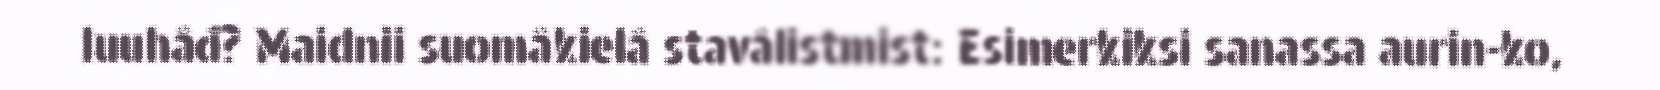
luuhâđ? Maidnii suomâkielâ stavâlistmist: Esimerkiksi sanassa aurin-ko,